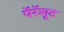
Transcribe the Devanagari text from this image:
पॅरॅशूट